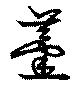
薑